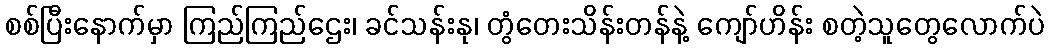
စစ်ပြီးနောက်မှာ ကြည်ကြည်ဌေး၊ ခင်သန်းနု၊ တွံတေးသိန်းတန်နဲ့ ကျော်ဟိန်း စတဲ့သူတွေလောက်ပဲ